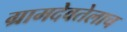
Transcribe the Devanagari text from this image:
ग्रामदेवतेलाच